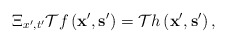
\begin{align*}\Xi_{x',t'}\mathcal{T}f\left(\mathbf{x}',\mathbf{s}'\right)=\mathcal{T}h\left(\mathbf{x}',\mathbf{s}'\right),\end{align*}